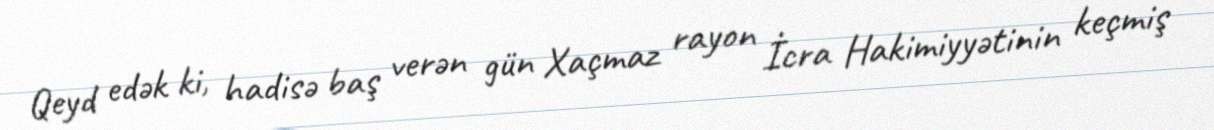
Qeyd edək ki, hadisə baş verən gün Xaçmaz rayon İcra Hakimiyyətinin keçmiş